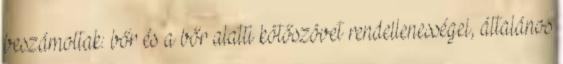
beszámoltak: bőr és a bőr alatti kötőszövet rendellenességei, általános